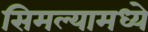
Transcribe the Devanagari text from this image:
सिमल्यामध्ये